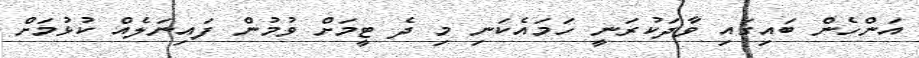
އަންހެން ބައިގައި ވާދަކުރަނީ ހަމައެކަނި މި ދެ ޓީމަށް ވުމުން ފައިނަލެއް ކުޅުމަށް